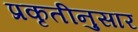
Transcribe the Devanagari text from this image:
प्रकृतीनुसार